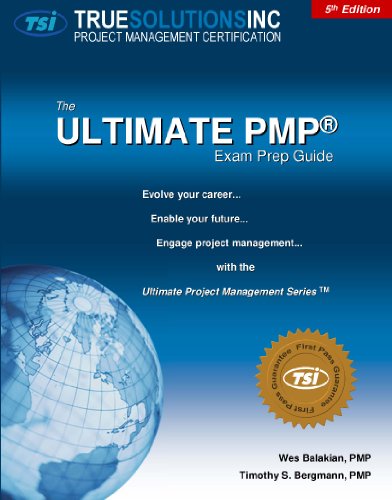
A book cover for The Ultimate PMP Exam Prep Guide 5th Edition; Wes Balakian; Test Preparation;